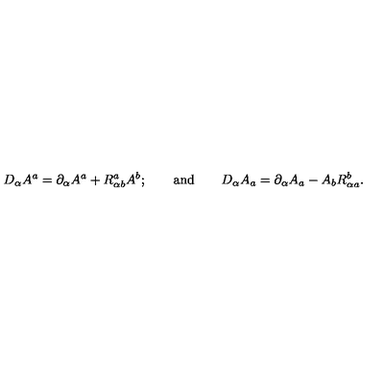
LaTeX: D _ { \alpha } A ^ { a } = \partial _ { \alpha } A ^ { a } + R _ { \alpha b } ^ { a } A ^ { b } ; \qquad \mathrm { a n d } \qquad D _ { \alpha } A _ { a } = \partial _ { \alpha } A _ { a } - A _ { b } R _ { \alpha a } ^ { b } .